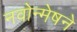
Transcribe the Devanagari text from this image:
नवोन्मेषने